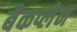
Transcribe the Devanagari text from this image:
बैकप्लेन